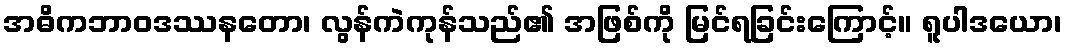
အဓိကဘာဝဒဿနတော၊ လွန်ကဲကုန်သည်၏ အဖြစ်ကို မြင်ရခြင်းကြောင့်။ ရူပါဒယော၊